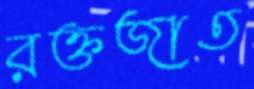
রক্তজাত